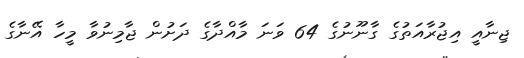
ޖިނާއީ އިޖުރާއަތުގެ ގާނޫނުގެ 64 ވަނަ މާއްދާގެ ދަށުން ޖާމިނުވާ މީހާ އޭނާގެ